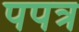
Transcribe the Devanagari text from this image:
पपत्र